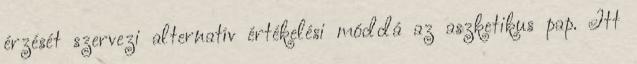
érzését szervezi alternatív értékelési móddá az aszketikus pap. Itt